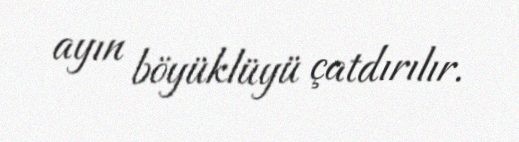
ayın böyüklüyü çatdırılır.